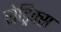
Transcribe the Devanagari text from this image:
रोड्रिक्स